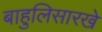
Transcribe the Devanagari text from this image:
बाहुलिसारखे